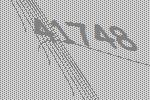
41748